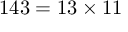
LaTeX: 1 4 3 = 1 3 \times 1 1